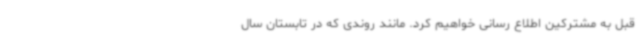
قبل به مشترکین اطلاع رسانی خواهیم کرد. مانند روندی که در تابستان سال